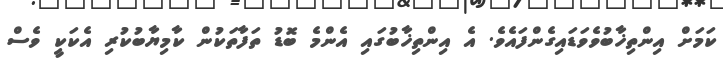
ކަމަށް އިންތިޚާބުވެވަޑައިގެންފައެވެ. އެ އިންތިޚާބުގައި އެންމެ ބޮޑު ތަފާތަކުން ކާމިޔާބުކުރި އެކަކީ ވެސް